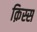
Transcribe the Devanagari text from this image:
क़िस्स